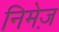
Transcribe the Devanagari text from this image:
निमेज़